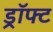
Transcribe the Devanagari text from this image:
ड्रॉफ्ट